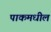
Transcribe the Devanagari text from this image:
पाकमधील